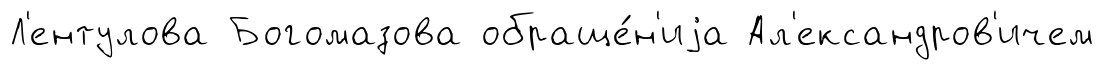
Л'ентулова Богомазова обраще́н'иjа Ал'ександров'ичем